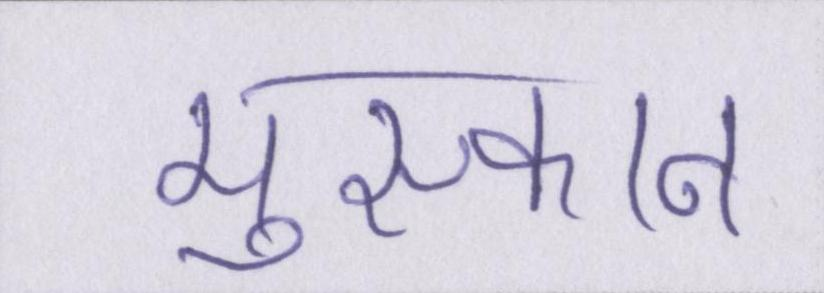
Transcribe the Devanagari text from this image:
मुस्कान